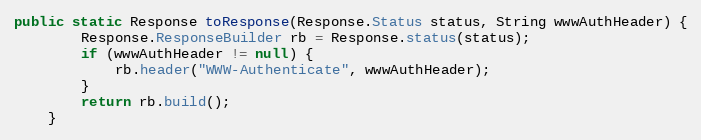
Language: Java
public static Response toResponse(Response.Status status, String wwwAuthHeader) {
        Response.ResponseBuilder rb = Response.status(status);
        if (wwwAuthHeader != null) {
            rb.header("WWW-Authenticate", wwwAuthHeader);
        }
        return rb.build();
    }